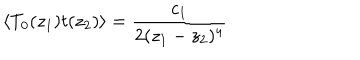
LaTeX: \langle T _ { 0 } ( z _ { 1 } ) t ( z _ { 2 } ) \rangle = \frac { c _ { 1 } } { 2 ( z _ { 1 } - z _ { 2 } ) ^ { 4 } }